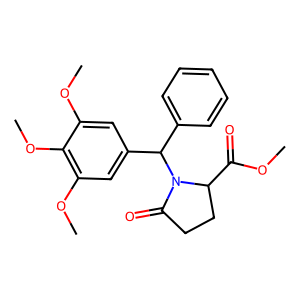
SMILES: COC(=O)C1CCC(=O)N1C(c1ccccc1)c1cc(OC)c(OC)c(OC)c1
Inhibits HIV replication: No